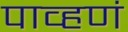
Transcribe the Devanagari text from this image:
पाव्हणं